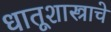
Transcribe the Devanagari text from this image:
धातूशास्त्राचे